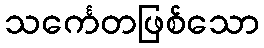
သင်္ကေတဖြစ်သော